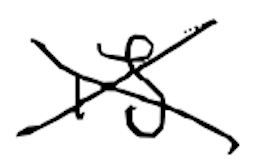
Text: is
Cross-out: mix
Writing tool: digital_black